Reports on military cantonments and civil stations in the Presidency of Bombay inspected by the Sanitary Commissioner in the years 1875 and 1876
Year: 1875
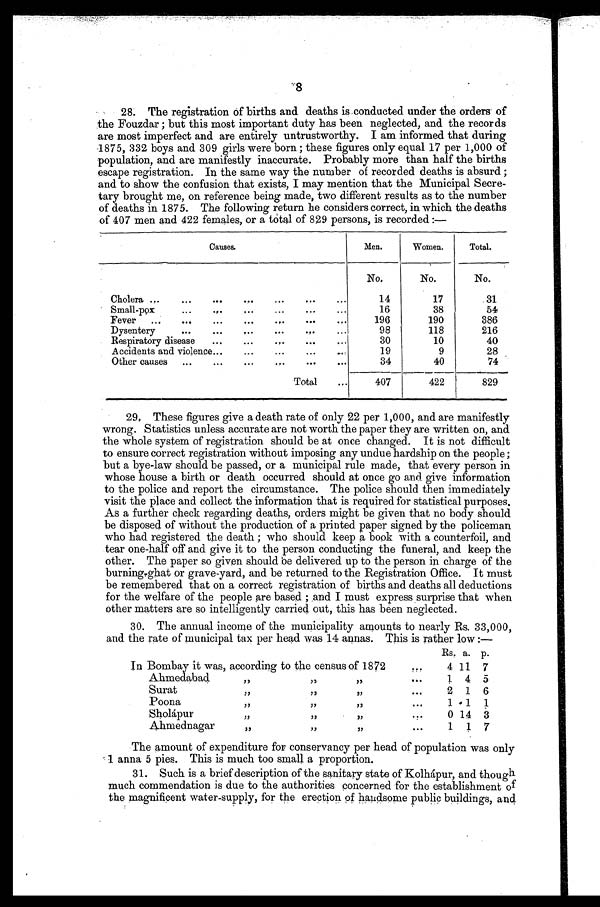
28. The registration of births and deaths is conducted under the orders of
the Fouzdar; but this most important duty has been neglected, and the records
are most imperfect and are entirely untrustworthy. I am informed that during
1875, 332 boys and 309 girls were born; these figures only equal 17 per 1,000 of
population, and are manifestly inaccurate. Probably more than half the births
escape registration. In the same way the number of recorded deaths is absurd
; and to show the confusion that exists, I may mention that the Municipal Secre--
tary brought me, on reference being made, two different results as to the number
of deaths in 1875. The following return he considers correct, in which the deaths
of 407 men and 422 females, or a total of 829 persons, is recorded:—
Causes.
Men.
Women.
Total.
No.
No.
No.
Cholera . . .
14
17
31
Small-pox . . .
16
38
54
Fever
.
.
.
196
190
386
Dysentery . . .
98
118
216
Respiratory disease . . .
30
10
40
Accidents and violence . . .
19
9
28
Other causes . . .
34
40
74
Total . . .
407
422
829
29. These figures give a death rate of only 22 per 1,000, and are manifestly
wrong. Statistics unless accurate are not worth the paper they are written on, and
the whole system of registration should be at once changed. It is not difficult
to ensure correct registration without imposing any undue hardship on the people;
but a bye-law should be passed, or a municipal rule made, that every person in
whose house a birth or death occurred should at once go and give information
to the police and report the circumstance. The police should then immediately
- v i s i t t h e p l a c e a n d c o l l e c t t h e i n f o r m a t i o n t h a t i s r e q u i r e d f o r s t a t i s t i c a l p u r p o s e s .
As a further check regarding deaths, orders might be given that no body should
be disposed of without the production of a printed paper signed by the policeman
who had registered the death; who should keep a book with a counterfoil, and
tear one-half off and give it to the person conducting the funeral, and keep the
other. The paper so given should be delivered up to the person in charge of the
burning-ghat or grave-yard, and be returned to the Registration Office. It must
be remembered that on a correct registration of births and deaths all deductions
for the welfare of the people are based; and I must express surprise that when
other matters are so intelligently carried out, this has been neglected.
30. The annual income of the municipality amounts to nearly Rs. 33,000,
and the rate of municipal tax per head was 14 annas. This is rather low:—
Rs. a. p.
In Bombay it was, according to the census of 1872 . . .
4 11
7
Ahmedabad " " " . . .
1
4 5
Surat " " " . . .
2
1
6
Poona " " " . . .
1 1
1
Sholapur " " " . . .
0 14 3
Ahmednagar " " " . . .
1
1
7
The amount of expenditure for conservancy per head of population was only
1 anna 5 pies. This is much too small a proportion.
31. Such is a brief description of the sanitary state of Kolhápur, and though
much commendation is due to the authorities concerned for the establishment of
the magnificent water-supply, for the erection of handsome public buildings, and